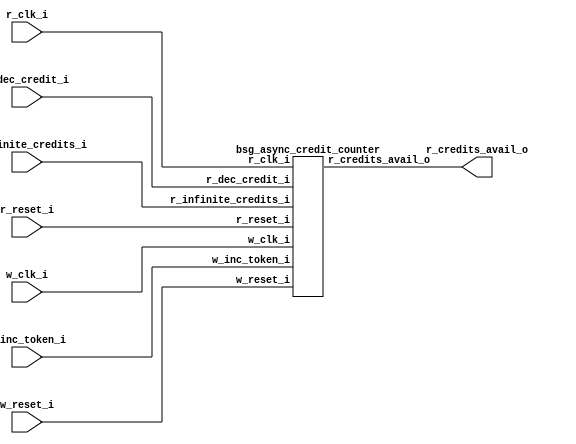


module top
(
  w_clk_i,
  w_inc_token_i,
  w_reset_i,
  r_clk_i,
  r_reset_i,
  r_dec_credit_i,
  r_infinite_credits_i,
  r_credits_avail_o
);

  input w_clk_i;
  input w_inc_token_i;
  input w_reset_i;
  input r_clk_i;
  input r_reset_i;
  input r_dec_credit_i;
  input r_infinite_credits_i;
  output r_credits_avail_o;

  bsg_async_credit_counter
  wrapper
  (
    .w_clk_i(w_clk_i),
    .w_inc_token_i(w_inc_token_i),
    .w_reset_i(w_reset_i),
    .r_clk_i(r_clk_i),
    .r_reset_i(r_reset_i),
    .r_dec_credit_i(r_dec_credit_i),
    .r_infinite_credits_i(r_infinite_credits_i),
    .r_credits_avail_o(r_credits_avail_o)
  );


endmodule



module bsg_launch_sync_sync_posedge_2_unit
(
  iclk_i,
  iclk_reset_i,
  oclk_i,
  iclk_data_i,
  iclk_data_o,
  oclk_data_o
);

  input [1:0] iclk_data_i;
  output [1:0] iclk_data_o;
  output [1:0] oclk_data_o;
  input iclk_i;
  input iclk_reset_i;
  input oclk_i;
  wire N0,N1,N2,N3,N4;
  reg [1:0] iclk_data_o,bsg_SYNC_1_r,oclk_data_o;
  assign { N4, N3 } = (N0)? { 1'b0, 1'b0 } : 
                      (N1)? iclk_data_i : 1'b0;
  assign N0 = iclk_reset_i;
  assign N1 = N2;
  assign N2 = ~iclk_reset_i;

  always @(posedge iclk_i) begin
    if(1'b1) begin
      { iclk_data_o[1:0] } <= { N4, N3 };
    end 
  end


  always @(posedge oclk_i) begin
    if(1'b1) begin
      { bsg_SYNC_1_r[1:0] } <= { iclk_data_o[1:0] };
      { oclk_data_o[1:0] } <= { bsg_SYNC_1_r[1:0] };
    end 
  end


endmodule



module bsg_launch_sync_sync_width_p2_use_negedge_for_launch_p0_use_async_reset_p0
(
  iclk_i,
  iclk_reset_i,
  oclk_i,
  iclk_data_i,
  iclk_data_o,
  oclk_data_o
);

  input [1:0] iclk_data_i;
  output [1:0] iclk_data_o;
  output [1:0] oclk_data_o;
  input iclk_i;
  input iclk_reset_i;
  input oclk_i;
  wire [1:0] iclk_data_o,oclk_data_o;

  bsg_launch_sync_sync_posedge_2_unit
  sync_p_z_blss
  (
    .iclk_i(iclk_i),
    .iclk_reset_i(iclk_reset_i),
    .oclk_i(oclk_i),
    .iclk_data_i(iclk_data_i),
    .iclk_data_o(iclk_data_o),
    .oclk_data_o(oclk_data_o)
  );


endmodule



module bsg_async_ptr_gray_lg_size_p2_use_negedge_for_launch_p0_use_async_reset_p0
(
  w_clk_i,
  w_reset_i,
  w_inc_i,
  r_clk_i,
  w_ptr_binary_r_o,
  w_ptr_gray_r_o,
  w_ptr_gray_r_rsync_o
);

  output [1:0] w_ptr_binary_r_o;
  output [1:0] w_ptr_gray_r_o;
  output [1:0] w_ptr_gray_r_rsync_o;
  input w_clk_i;
  input w_reset_i;
  input w_inc_i;
  input r_clk_i;
  wire [1:0] w_ptr_gray_r_o,w_ptr_gray_r_rsync_o,w_ptr_p2,w_ptr_gray_n;
  wire N0,N1,N2,N3;
  reg [1:0] w_ptr_p1_r,w_ptr_binary_r_o;

  bsg_launch_sync_sync_width_p2_use_negedge_for_launch_p0_use_async_reset_p0
  ptr_sync
  (
    .iclk_i(w_clk_i),
    .iclk_reset_i(w_reset_i),
    .oclk_i(r_clk_i),
    .iclk_data_i(w_ptr_gray_n),
    .iclk_data_o(w_ptr_gray_r_o),
    .oclk_data_o(w_ptr_gray_r_rsync_o)
  );

  assign w_ptr_p2 = w_ptr_p1_r + 1'b1;
  assign w_ptr_gray_n = (N0)? { w_ptr_p1_r[1:1], N3 } : 
                        (N1)? w_ptr_gray_r_o : 1'b0;
  assign N0 = w_inc_i;
  assign N1 = N2;
  assign N2 = ~w_inc_i;
  assign N3 = w_ptr_p1_r[1] ^ w_ptr_p1_r[0];

  always @(posedge w_clk_i) begin
    if(w_reset_i) begin
      { w_ptr_p1_r[1:0] } <= { 1'b0, 1'b1 };
      { w_ptr_binary_r_o[1:0] } <= { 1'b0, 1'b0 };
    end else if(w_inc_i) begin
      { w_ptr_p1_r[1:0] } <= { w_ptr_p2[1:0] };
      { w_ptr_binary_r_o[1:0] } <= { w_ptr_p1_r[1:0] };
    end 
  end


endmodule



module bsg_async_credit_counter
(
  w_clk_i,
  w_inc_token_i,
  w_reset_i,
  r_clk_i,
  r_reset_i,
  r_dec_credit_i,
  r_infinite_credits_i,
  r_credits_avail_o
);

  input w_clk_i;
  input w_inc_token_i;
  input w_reset_i;
  input r_clk_i;
  input r_reset_i;
  input r_dec_credit_i;
  input r_infinite_credits_i;
  output r_credits_avail_o;
  wire r_credits_avail_o,N0,N1,N2,N3,N4,N5,N6,N7,N8,N9,N10,N11,N12,N13,N14,
  r_counter_r_lo_bits_nonzero,N15,N16,N17,N18,SYNOPSYS_UNCONNECTED_1,SYNOPSYS_UNCONNECTED_2;
  wire [1:0] w_counter_gray_r,w_counter_gray_r_rsync;
  wire [0:0] r_counter_r_hi_bits_gray;
  reg [5:0] r_counter_r;

  bsg_async_ptr_gray_lg_size_p2_use_negedge_for_launch_p0_use_async_reset_p0
  bapg
  (
    .w_clk_i(w_clk_i),
    .w_reset_i(w_reset_i),
    .w_inc_i(w_inc_token_i),
    .r_clk_i(r_clk_i),
    .w_ptr_binary_r_o({ SYNOPSYS_UNCONNECTED_1, SYNOPSYS_UNCONNECTED_2 }),
    .w_ptr_gray_r_o(w_counter_gray_r),
    .w_ptr_gray_r_rsync_o(w_counter_gray_r_rsync)
  );

  assign N15 = { r_counter_r[5:5], r_counter_r_hi_bits_gray[0:0] } != w_counter_gray_r_rsync;
  assign { N8, N7, N6, N5, N4, N3 } = r_counter_r + r_dec_credit_i;
  assign { N14, N13, N12, N11, N10, N9 } = (N0)? { 1'b1, 1'b0, 1'b0, 1'b0, 1'b0, 1'b0 } : 
                                           (N1)? { N8, N7, N6, N5, N4, N3 } : 1'b0;
  assign N0 = r_reset_i;
  assign N1 = N2;
  assign N2 = ~r_reset_i;
  assign r_counter_r_lo_bits_nonzero = N17 | r_counter_r[0];
  assign N17 = N16 | r_counter_r[1];
  assign N16 = r_counter_r[3] | r_counter_r[2];
  assign r_counter_r_hi_bits_gray[0] = r_counter_r[5] ^ r_counter_r[4];
  assign r_credits_avail_o = N18 | N15;
  assign N18 = r_infinite_credits_i | r_counter_r_lo_bits_nonzero;

  always @(posedge r_clk_i) begin
    if(1'b1) begin
      { r_counter_r[5:0] } <= { N14, N13, N12, N11, N10, N9 };
    end 
  end


endmodule